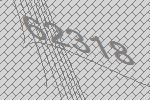
62318